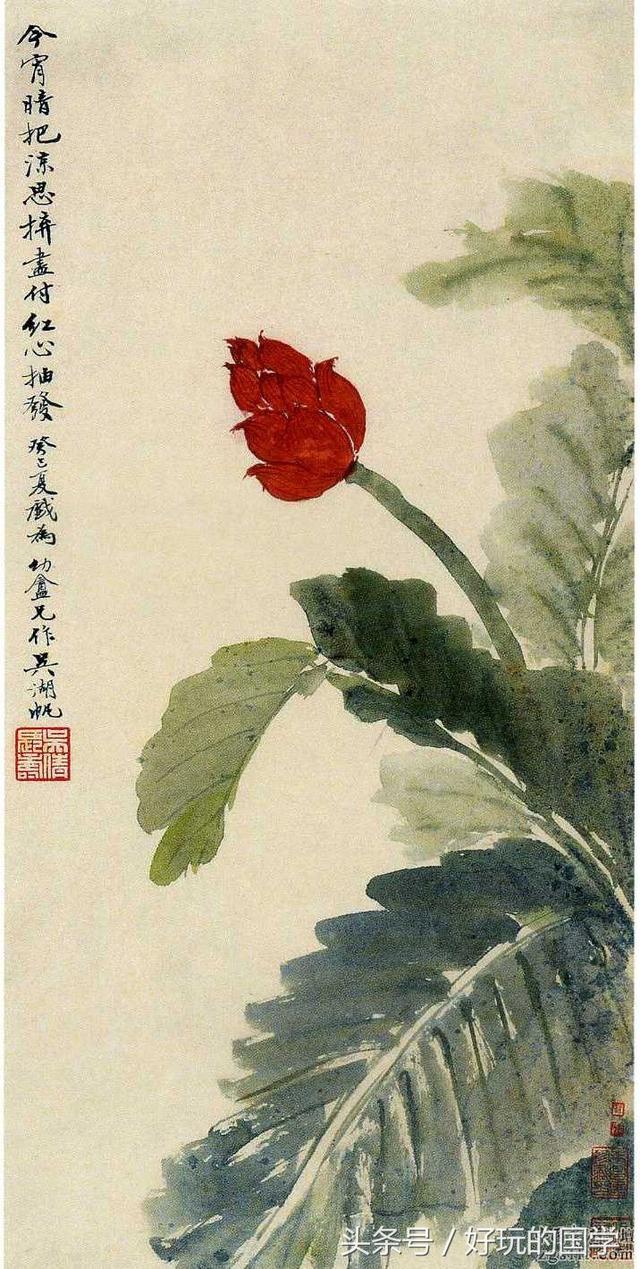
薄晚西风吹雨到。明朝又是伤流潦。